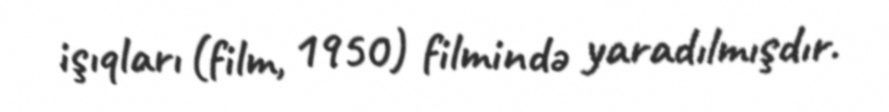
işıqları (film, 1950) filmində yaradılmışdır.